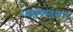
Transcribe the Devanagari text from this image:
माझगांवकर